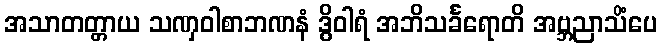
အသာတတ္တာယ သဏှဝါစာဘဏနံ ဒွိဝါရံ အဘိသင်္ခရောတိ အဗ္ဘညာသိံပေ